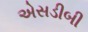
એસડીબી